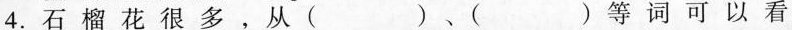
4.石榴花很多 从( )、( )等词可以看